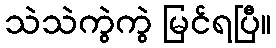
သဲသဲကွဲကွဲ မြင်ရပြီ။